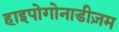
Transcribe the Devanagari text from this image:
हाइपोगोनाडीज़म